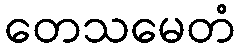
တေသမေတံ